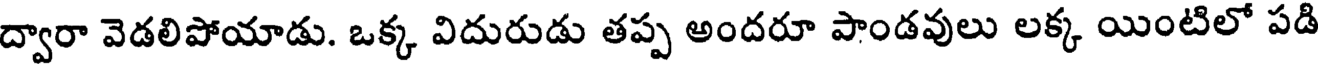
ద్వారా వెడలిపోయాడు. ఒక్క విదురుడు తప్ప అందరూ పాండవులు లక్క యింటిలో పడి